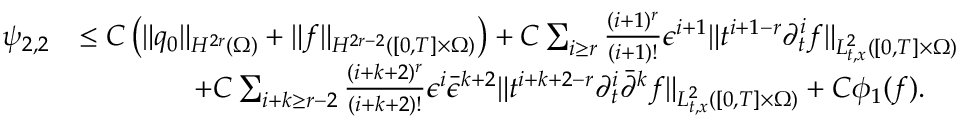
\begin{array} { r l } { \psi _ { 2 , 2 } } & { \le C \left( \| q _ { 0 } \| _ { H ^ { 2 r } ( \Omega ) } + \| f \| _ { H ^ { 2 r - 2 } ( [ 0 , T ] \times \Omega ) } \right) + C \sum _ { i \ge r } \frac { ( i + 1 ) ^ { r } } { ( i + 1 ) ! } \epsilon ^ { i + 1 } \| t ^ { i + 1 - r } \partial _ { t } ^ { i } f \| _ { L _ { t , x } ^ { 2 } ( [ 0 , T ] \times \Omega ) } } \\ & { \quad \quad \quad \quad + C \sum _ { i + k \ge r - 2 } \frac { ( i + k + 2 ) ^ { r } } { ( i + k + 2 ) ! } \epsilon ^ { i } \bar { \epsilon } ^ { k + 2 } \| t ^ { i + k + 2 - r } \partial _ { t } ^ { i } \bar { \partial } ^ { k } f \| _ { L _ { t , x } ^ { 2 } ( [ 0 , T ] \times \Omega ) } + C \phi _ { 1 } ( f ) . } \end{array}